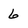
Character: 6